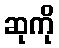
ဆုကို